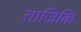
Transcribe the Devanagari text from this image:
ताजिकि